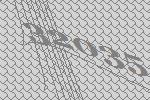
32035